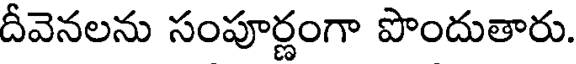
దీవెనలను సంపూర్ణంగా పొందుతారు.